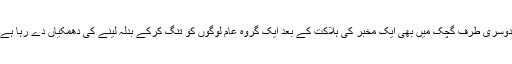
دوسری طرف گچک میں بھی ایک مخبر کی ہلاکت کے بعد ایک گروہ عام لوگوں کو تنگ کرکے بدلہ لینے کی دھمکیاں دے رہا ہے۔